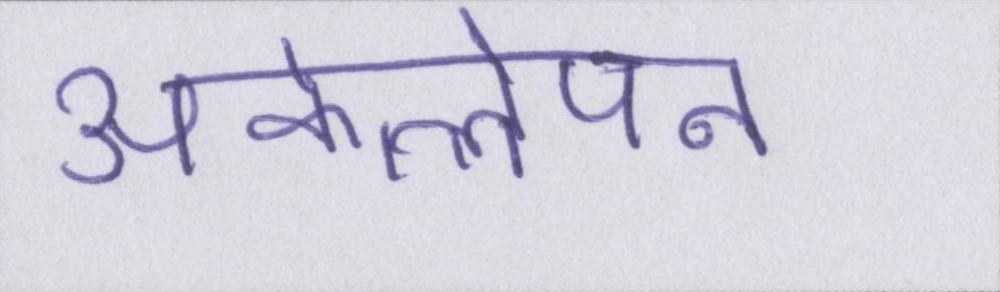
अकेलेपन